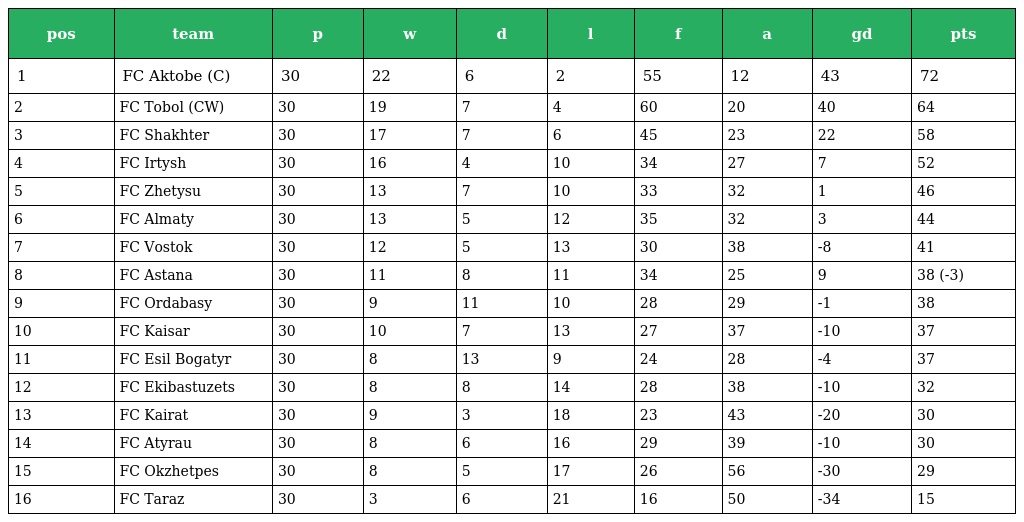
| pos | team | p | w | d | l | f | a | gd | pts |
 | --- | --- | --- | --- | --- | --- | --- | --- | --- | --- |
 | 1 | FC Aktobe (C) | 30 | 22 | 6 | 2 | 55 | 12 | 43 | 72 |
 | 2 | FC Tobol (CW) | 30 | 19 | 7 | 4 | 60 | 20 | 40 | 64 |
 | 3 | FC Shakhter | 30 | 17 | 7 | 6 | 45 | 23 | 22 | 58 |
 | 4 | FC Irtysh | 30 | 16 | 4 | 10 | 34 | 27 | 7 | 52 |
 | 5 | FC Zhetysu | 30 | 13 | 7 | 10 | 33 | 32 | 1 | 46 |
 | 6 | FC Almaty | 30 | 13 | 5 | 12 | 35 | 32 | 3 | 44 |
 | 7 | FC Vostok | 30 | 12 | 5 | 13 | 30 | 38 | -8 | 41 |
 | 8 | FC Astana | 30 | 11 | 8 | 11 | 34 | 25 | 9 | 38 (-3) |
 | 9 | FC Ordabasy | 30 | 9 | 11 | 10 | 28 | 29 | -1 | 38 |
 | 10 | FC Kaisar | 30 | 10 | 7 | 13 | 27 | 37 | -10 | 37 |
 | 11 | FC Esil Bogatyr | 30 | 8 | 13 | 9 | 24 | 28 | -4 | 37 |
 | 12 | FC Ekibastuzets | 30 | 8 | 8 | 14 | 28 | 38 | -10 | 32 |
 | 13 | FC Kairat | 30 | 9 | 3 | 18 | 23 | 43 | -20 | 30 |
 | 14 | FC Atyrau | 30 | 8 | 6 | 16 | 29 | 39 | -10 | 30 |
 | 15 | FC Okzhetpes | 30 | 8 | 5 | 17 | 26 | 56 | -30 | 29 |
 | 16 | FC Taraz | 30 | 3 | 6 | 21 | 16 | 50 | -34 | 15 |